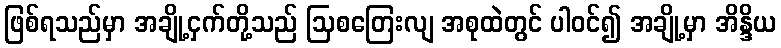
ဖြစ်ရသည်မှာ အချို့ငှက်တို့သည် ဩစတြေးလျ အစုထဲတွင် ပါဝင်၍ အချို့မှာ အိန္ဒိယ